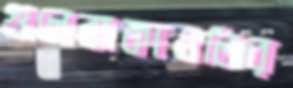
গুলেবাকাওলির